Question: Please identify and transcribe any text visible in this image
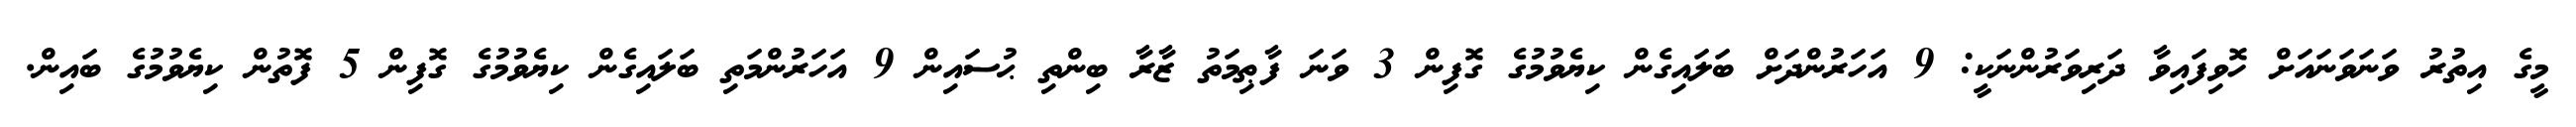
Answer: މީގެ އިތުރު ވަނަވަނައަށް ހޮވިފައިވާ ދަރިވަރުންނަކީ: 9 އަހަރުންދަށް ބަލައިގެން ކިޔެވުމުގެ ގޮފިން 3 ވަނަ ފާޠިމަތު ޒާރާ ބިންތި ޙުސައިން 9 އަހަރުންމަތި ބަލައިގެން ކިޔެވުމުގެ ގޮފިން 5 ފޮތުން ކިޔެވުމުގެ ބައިން.